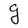
Character: g